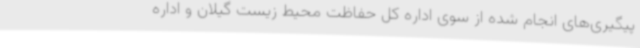
پیگیری‌های انجام شده از سوی اداره کل حفاظت محیط زیست گیلان و اداره